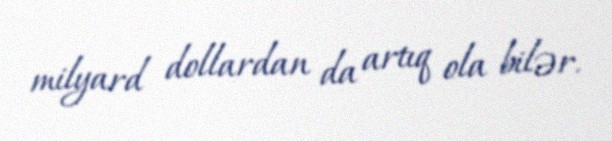
milyard dollardan da artıq ola bilər.